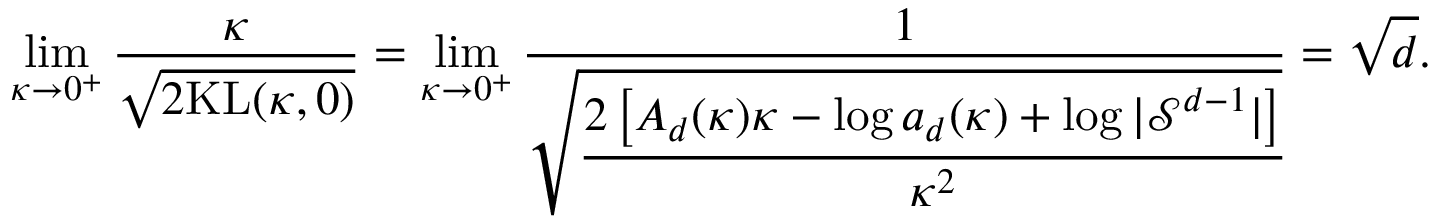
\operatorname* { l i m } _ { \kappa \rightarrow 0 ^ { + } } \frac { \kappa } { \sqrt { 2 \mathrm { K L } ( \kappa , 0 ) } } = \operatorname* { l i m } _ { \kappa \rightarrow 0 ^ { + } } \frac { 1 } { \sqrt { \cfrac { 2 \left[ A _ { d } ( \kappa ) \kappa - \log a _ { d } ( \kappa ) + \log | \mathcal { S } ^ { d - 1 } | \right] } { \kappa ^ { 2 } } } } = \sqrt { d } .